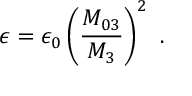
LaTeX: \epsilon = \epsilon _ { 0 } \left( \frac { M _ { 0 3 } } { M _ { 3 } } \right) ^ { 2 } ~ .